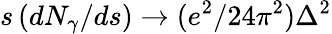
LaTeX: s\, (dN_{\gamma}/ds)\to(e^{2}/24\pi^{2})\Delta^{2}